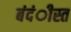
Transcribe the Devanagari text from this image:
बंदंीस्त